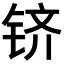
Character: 𬭉